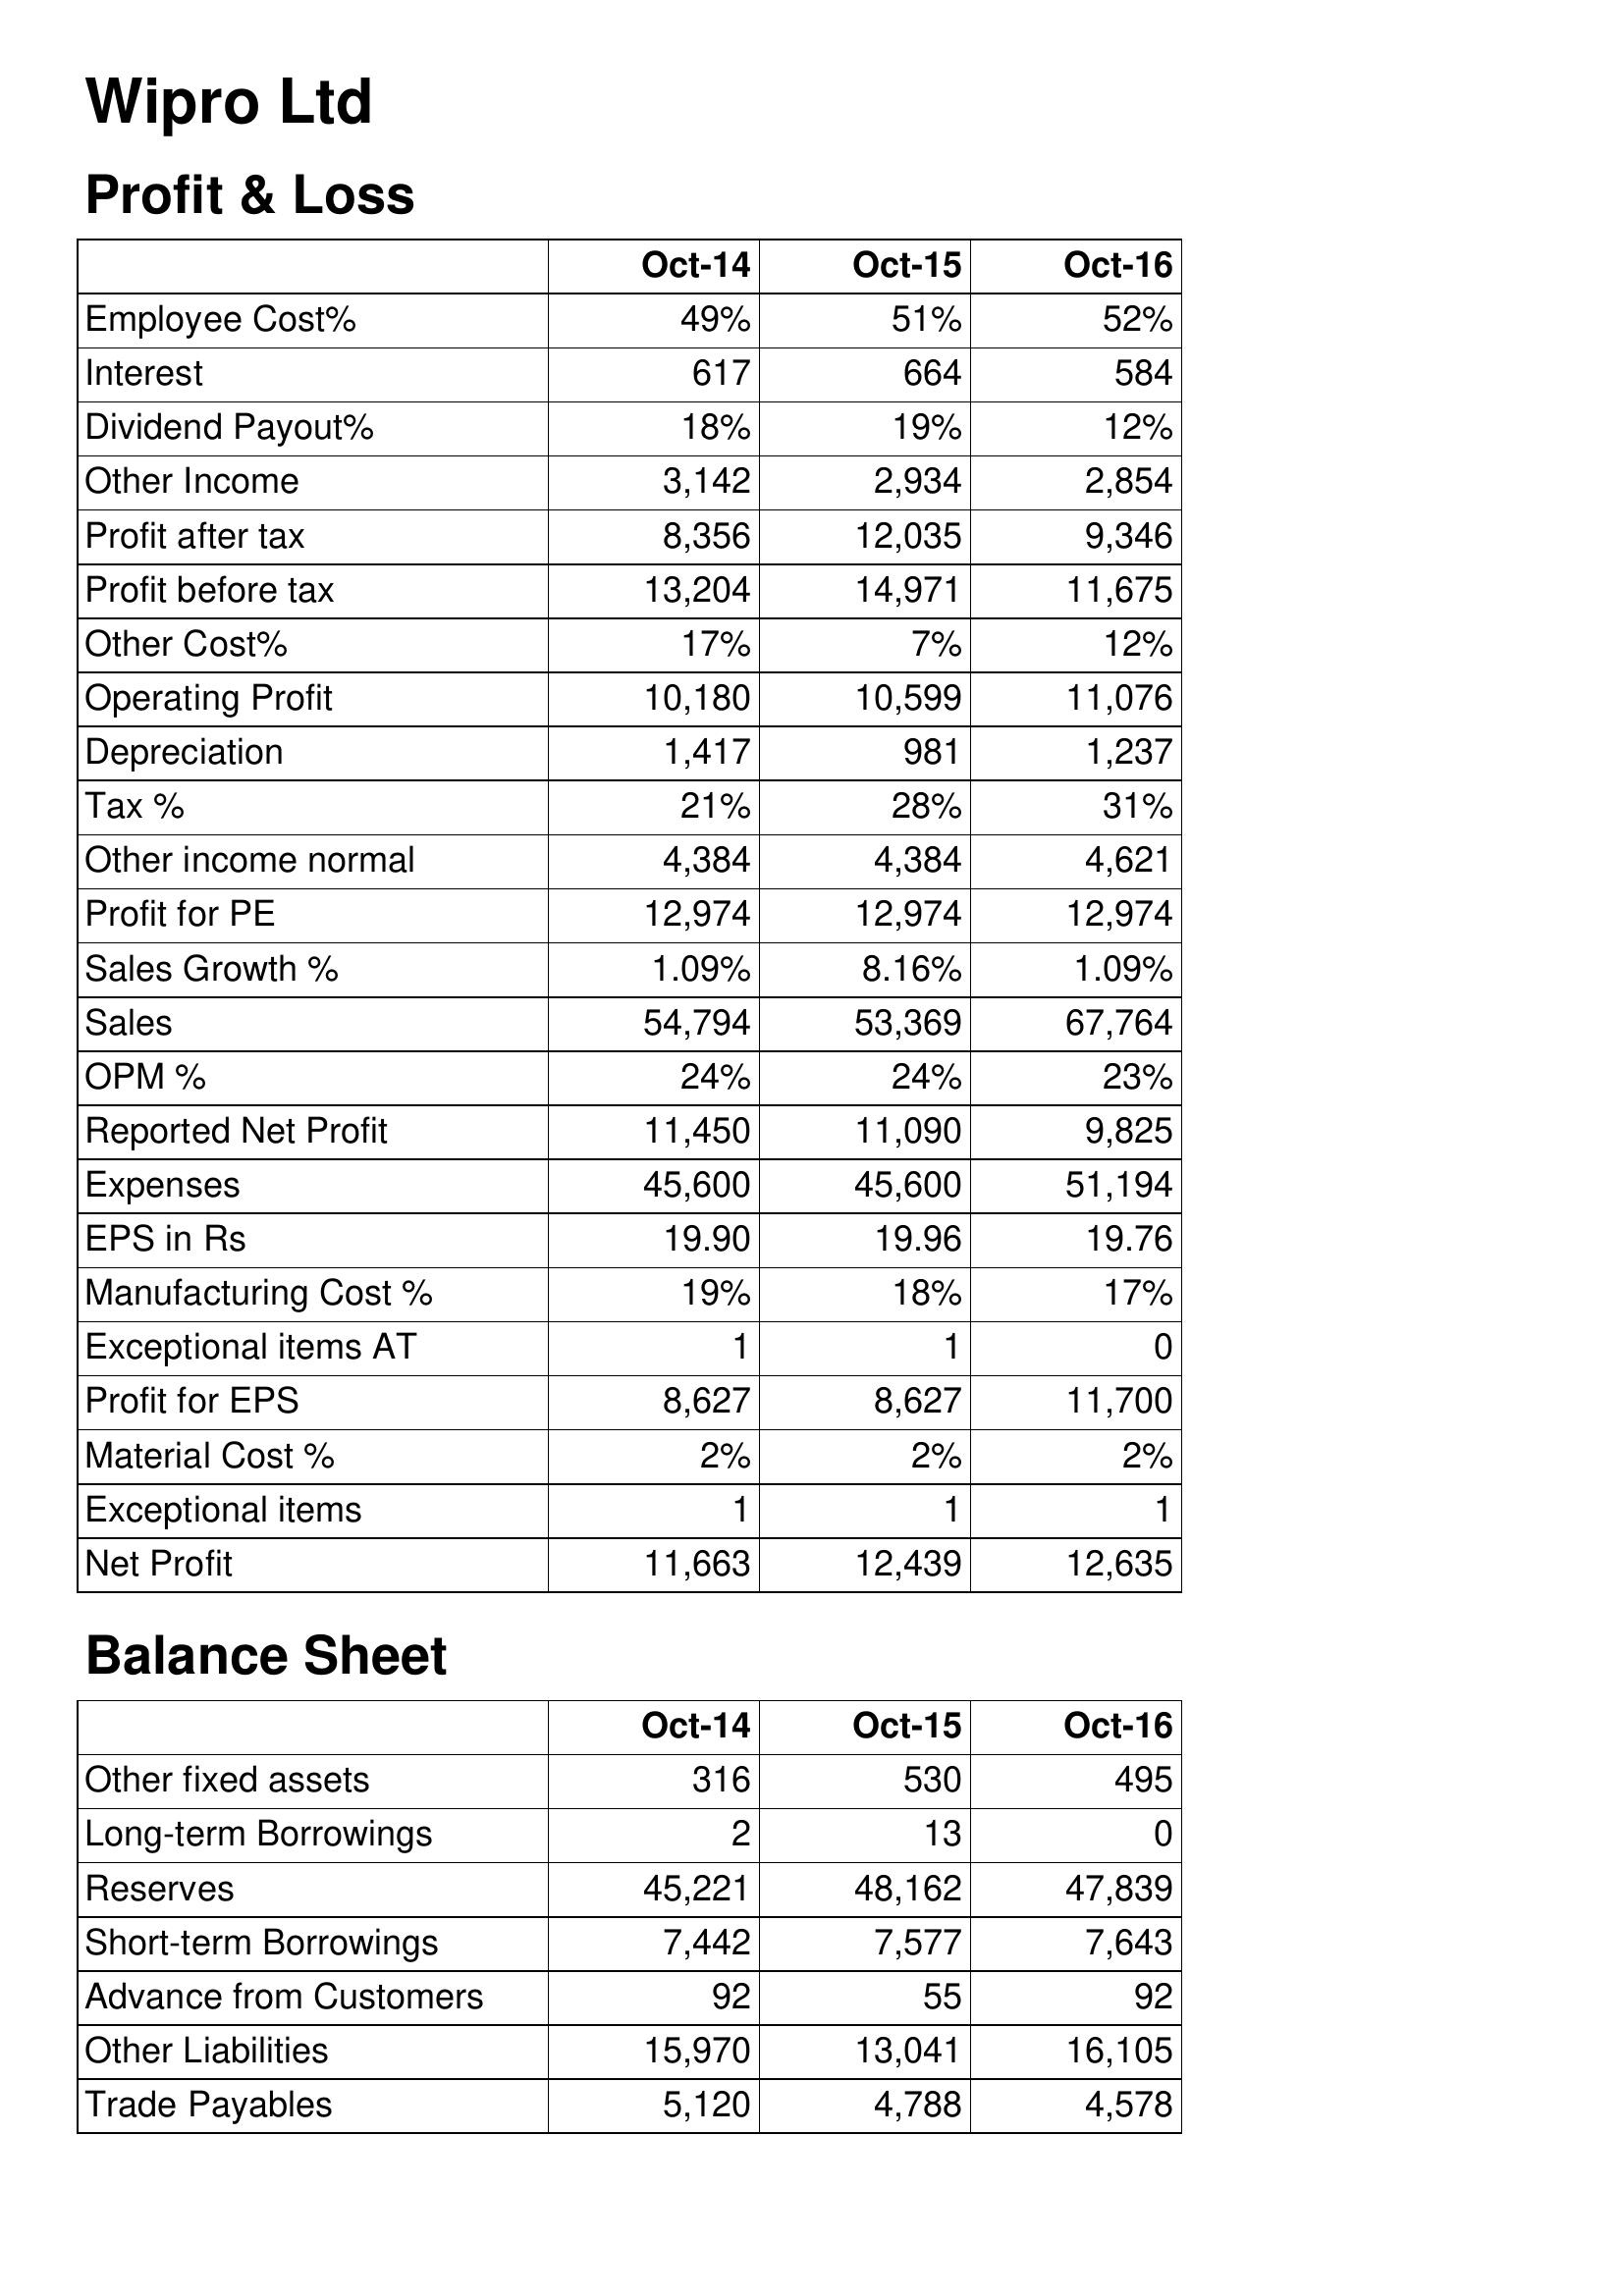
Oct-14: Profit & Loss: Employee Cost%: 49%
Interest: 617
Dividend Payout%: 18%
Other Income: 3,142
Profit after tax: 8,356
Profit before tax: 13,204
Other Cost%: 17%
Operating Profit: 10,180
Depreciation: 1,417
Tax %: 21%
Other income normal: 4,384
Profit for PE: 12,974
Sales Growth %: 1.09%
Sales: 54,794
OPM %: 24%
Reported Net Profit: 11,450
Expenses: 45,600
EPS in Rs: 19.90
Manufacturing Cost %: 19%
Exceptional items AT: 1
Profit for EPS: 8,627
Material Cost %: 2%
Exceptional items: 1
Net Profit: 11,663
Balance Sheet: Other fixed assets: 316
Long-term Borrowings: 2
Reserves: 45,221
Short-term Borrowings: 7,442
Advance from Customers: 92
Other Liabilities: 15,970
Trade Payables: 5,120
Oct-15: Profit & Loss: Employee Cost%: 51%
Interest: 664
Dividend Payout%: 19%
Other Income: 2,934
Profit after tax: 12,035
Profit before tax: 14,971
Other Cost%: 7%
Operating Profit: 10,599
Depreciation: 981
Tax %: 28%
Other income normal: 4,384
Profit for PE: 12,974
Sales Growth %: 8.16%
Sales: 53,369
OPM %: 24%
Reported Net Profit: 11,090
Expenses: 45,600
EPS in Rs: 19.96
Manufacturing Cost %: 18%
Exceptional items AT: 1
Profit for EPS: 8,627
Material Cost %: 2%
Exceptional items: 1
Net Profit: 12,439
Balance Sheet: Other fixed assets: 530
Long-term Borrowings: 13
Reserves: 48,162
Short-term Borrowings: 7,577
Advance from Customers: 55
Other Liabilities: 13,041
Trade Payables: 4,788
Oct-16: Profit & Loss: Employee Cost%: 52%
Interest: 584
Dividend Payout%: 12%
Other Income: 2,854
Profit after tax: 9,346
Profit before tax: 11,675
Other Cost%: 12%
Operating Profit: 11,076
Depreciation: 1,237
Tax %: 31%
Other income normal: 4,621
Profit for PE: 12,974
Sales Growth %: 1.09%
Sales: 67,764
OPM %: 23%
Reported Net Profit: 9,825
Expenses: 51,194
EPS in Rs: 19.76
Manufacturing Cost %: 17%
Exceptional items AT: 0
Profit for EPS: 11,700
Material Cost %: 2%
Exceptional items: 1
Net Profit: 12,635
Balance Sheet: Other fixed assets: 495
Long-term Borrowings: 0
Reserves: 47,839
Short-term Borrowings: 7,643
Advance from Customers: 92
Other Liabilities: 16,105
Trade Payables: 4,578